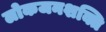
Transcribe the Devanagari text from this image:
लोकजनशक्ति